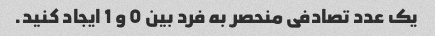
یک عدد تصادفی منحصر به فرد بین 0 و 1 ایجاد کنید.